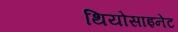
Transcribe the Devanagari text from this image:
थियोसाइनेट